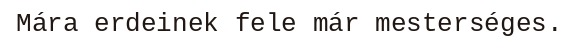
Mára erdeinek fele már mesterséges.